Lunatic asylums in Bengal annual reports 1899-1911 - 1899-1911
Year: 1899
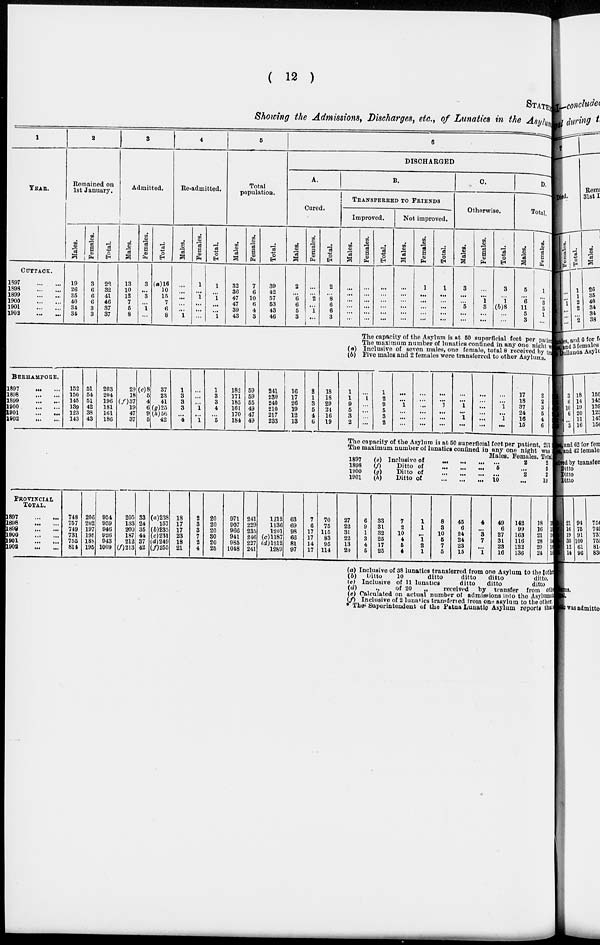
( 12 )
STATEMENT
Showing the Admissions, Discharges, etc., of Lunatics in the Asylum
1
YEAR.
CUTTACK.
1897
...
...
1898
...
...
1899
...
...
1900
...
...
1901
...
...
1902 ... ...
2
Remained on
1st January.
Males.
19
26
35
40
34
34
Females.
3
6
6
6
3
3
Total.
22
32
41
46
37
37
3
Admitted.
Males.
13
10
12
7
5
8
Females.
3
...
3
...
1
...
Total.
(a)16
10
15
7
6
8
4
Re-admitted.
Males.
...
...
...
...
...
1
Females.
1
...
1
...
...
...
Total.
1
...
1
...
...
1
5
Total
population.
Males.
32
36
47
47
39
43
Females.
7
6
10
6
4
3
Total.
39
42
57
53
43
46
6
DISCHARGED
A.
Cured.
Males.
2
...
6
6
5
3
Females.
...
...
2
...
1
...
Total.
2
...
8
6
6
3
BERHAMPORE.
1897
...
...
1898
...
...
1899
...
...
1900
...
...
1901
...
...
1902 ... ...
152
150
145
139
123
143
51
54
51
42
38
43
203
204
196
181
161
186
29
18
(f)37
19
47
37
(e)8
5
4
6
9
5
37
23
41
(g)25
(h)56
42
1
3
3
3
...
4
...
...
...
1
...
1
1
3
3
4
...
5
182
171
185
161
170
184
59
59
55
49
47
49
241
230
240
210
217
233
16
17
26
19
12
13
2
1
3
5
4
6
18
18
29
24
16
19
PROVINCIAL
TOTAL.
1897
...
...
1898
...
...
1890
...
...
1800
...
...
1901
...
...
1902
...
...
748
757
749
731
755
814
206
202
197
195
188
195
954
959
946
926
943
1009
205
133
200
187
212
(f)213
33
24
35
44
37
42
(a)238
157
(b)235
(c)231
(d)249
(f)255
18
17
17
23
18
21
2
3
3
7
2
4
20
20
20
30 20
25
971
907
966
941
985
1048
241
229
235
246
227
241
1212
1136
1201
(c)1187
(d)1212
1289
63
69
98
66
81
97
7
6
17
17
14
17
70
75
115
83
95
114
B.
TRANSFERRED TO FRIENDS
Improved.
Males.
...
...
...
...
...
...
Females.
...
...
...
...
...
...
Total.
...
...
...
...
...
...
Not improved.
Males.
...
...
...
...
...
...
Females.
1
...
...
...
...
...
Total.
1
...
...
...
...
...
C.
Otherwise.
Males.
3
...
...
5
...
...
Females.
...
...
1
3
...
...
Total.
3
...
1
(b)8
...
...
D.
Total.
Males.
5
...
6
11
5
3
Fe ma l
e s .
1
...
3
3
1
...
Total.
6
...
9
14
6
3
The capacity of the Asylum is at 50 superficial feet per patient
The maximum number of lunatics confined in any one night w
(a) Inclusive of seven males, one female, total 8 received by tra
(b) Five males and 2 females were transferred to other Asylums.
1
1
9
5
3
2
...
1
...
...
...
...
1
2
9
5
3
2
...
...
1
...
...
...
...
...
...
...
...
...
...
...
1
...
...
...
...
...
1
...
1
...
...
...
...
...
...
...
...
...
1
...
1
...
17
18
37
24
16
15
2
2
3
5
4
6
19
20
40
29
20
21
The capacity of the Asylum is at 50 superficial feet per patient, 211
The maximum number of lunatics confined in any one night was
1897
1898
1900
1901
27
22
31
22
13
20
6
9
1
3
4
5
(e) Inclusive of ... ... ...
(f)
Ditto of ... ... ...
(g)
Ditto of
...
...
...
(h)
Ditto of
...
...
...
33
31
32
25
17
25
7
2
10
4
5
4
1
1
...
1
2
1
8
3
10
5
7
5
45
6
24
24
23
15
4
...
3
7
...
1
Males.
...
5
...
10
49
6
27
31
23
16
Females.
2
...
2
...
142
99
163
116
122
136
Total.
2
5
2
10
18
16
21
28
20
24
160
115
184
144
142
160
(a) Inclusive of 38 lunatics transferred from one Asylum to the other
(b) Ditto
10
ditto
ditto
ditto
ditto.
(c) Inclusive of 11 lunatics
ditto
ditto
ditto
(d)
„
of 20
„
received by transfer from other
(e) Calculated on actual number of admissions into the Asylums in
(f) Inclusive of 2 lunatics transferred from one asylum to the other.
* The Superintendent of the Patna Lunatic Asylum reports that